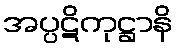
အပ္ပဋိကုဋ္ဌာနိ